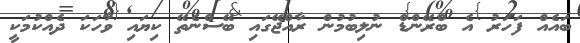
ބައެއް ފަހަރު އެ ބްރޭންޑް ނުލިބުމުން ރާއްޖޭގައި ބޭސްނެތޭ ކިޔައި ވާހަކަ ދެއްކުމަކީ